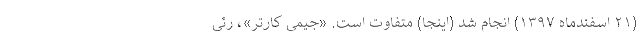
(۲۱ اسفندماه ۱۳۹۷) انجام شد (اینجا) متفاوت است. «جیمی کارتر»، رئی